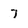
Character: 7